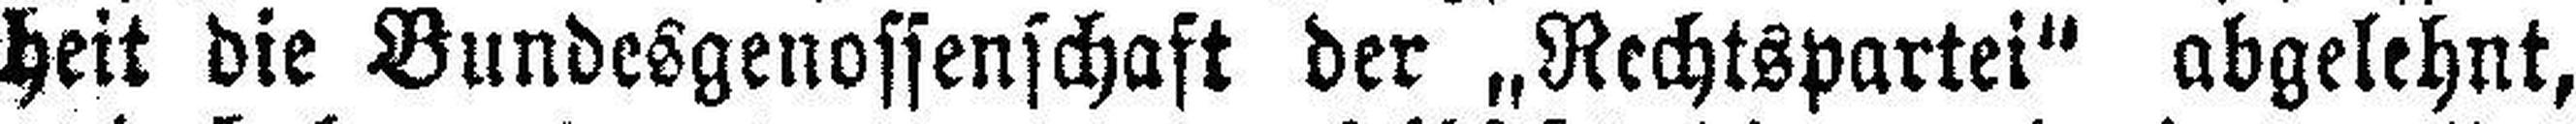
heit die Bundesgenossenschaft der „Rechtspartei“ abgelehnt,